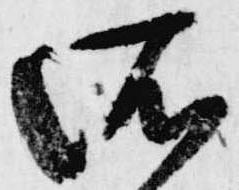
所